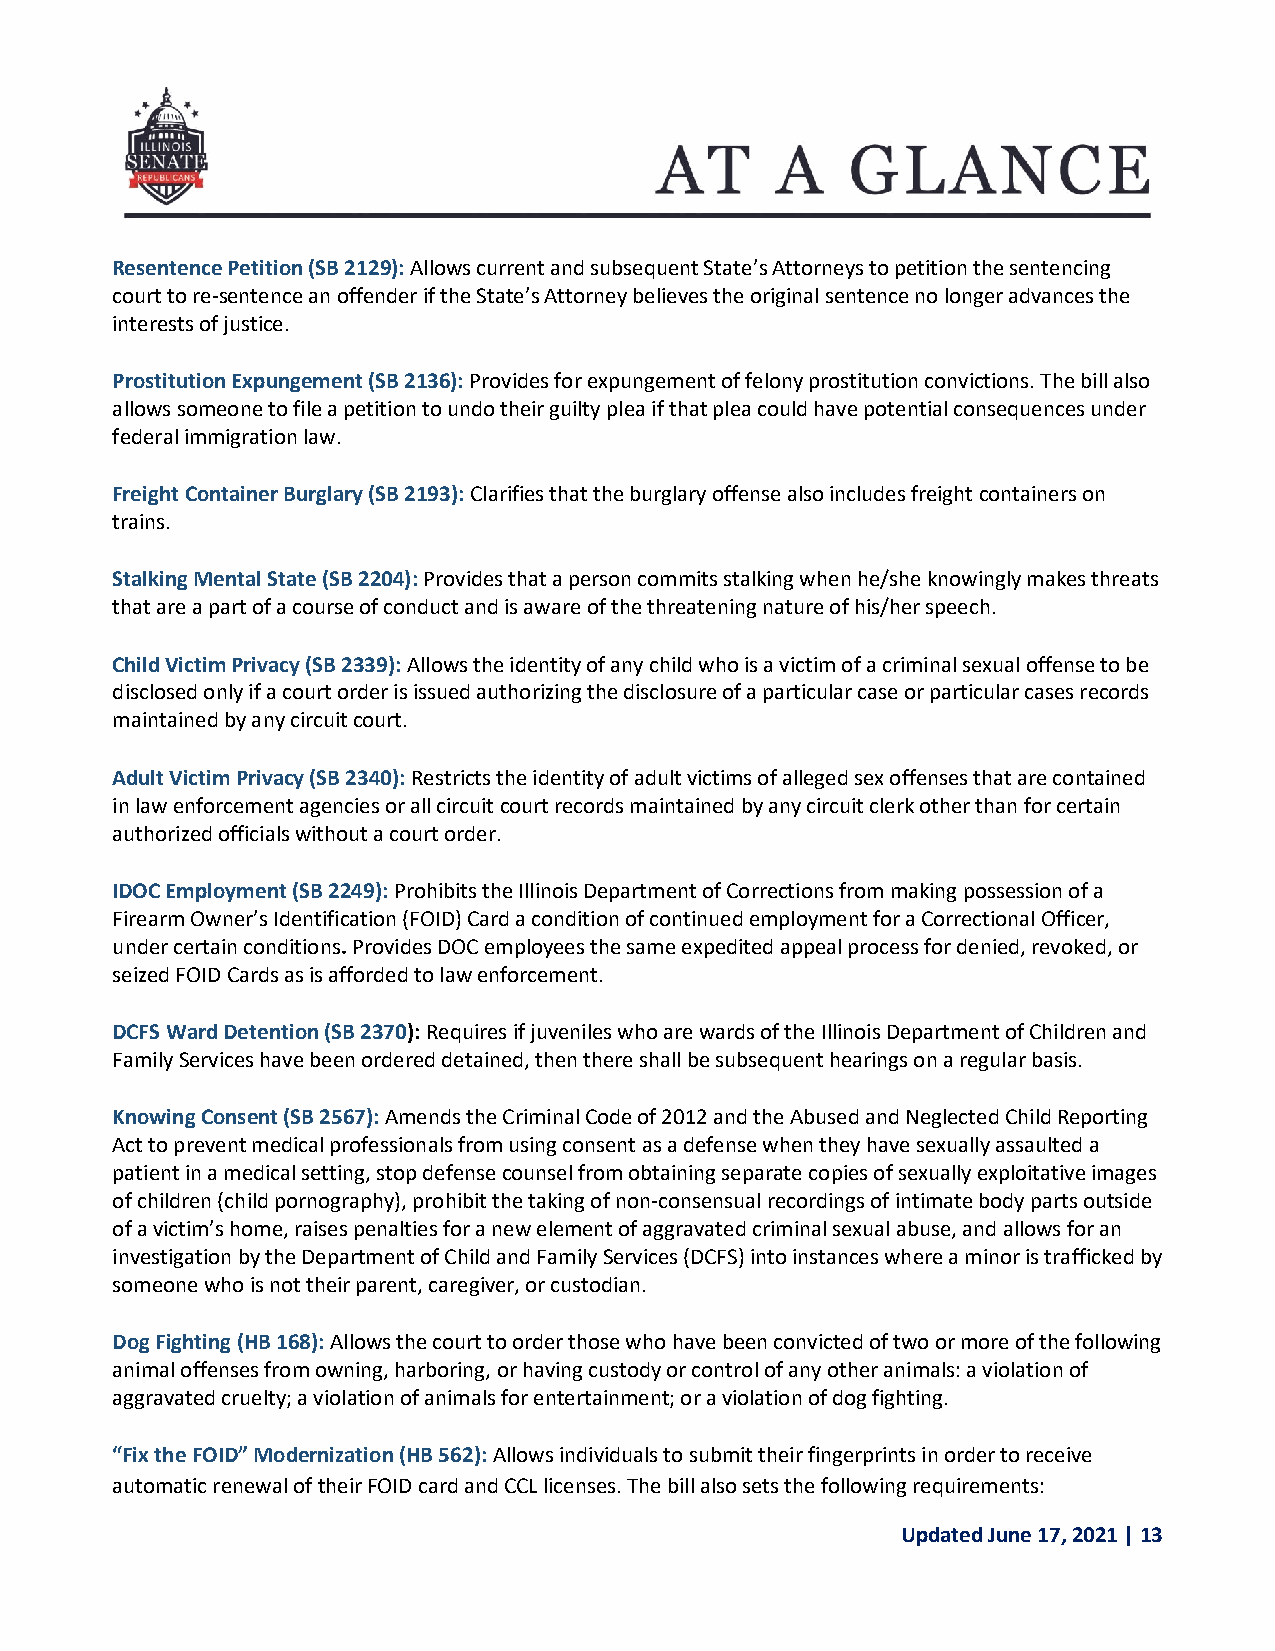
Resentence Petition (SB 2129): Allows current and subsequent State’s Attorneys to petition the sentencing
 court to re-sentence an offender if the State’s Attorney believes the original sentence no longer advances the
 interests of justice.
 Prostitution Expungement (SB 2136): Provides for expungement of felony prostitution convictions. The bill also
 allows someone to file a petition to undo their guilty plea if that plea could have potential consequences under
 federal immigration law.
 Freight Container Burglary (SB 2193): Clarifies that the burglary offense also includes freight containers on
 trains.
 Stalking Mental State (SB 2204): Provides that a person commits stalking when he/she knowingly makes threats
 that are a part of a course of conduct and is aware of the threatening nature of his/her speech.
 Child Victim Privacy (SB 2339): Allows the identity of any child who is a victim of a criminal sexual offense to be
 disclosed only if a court order is issued authorizing the disclosure of a particular case or particular cases records
 maintained by any circuit court.
 Adult Victim Privacy (SB 2340): Restricts the identity of adult victims of alleged sex offenses that are contained
 in law enforcement agencies or all circuit court records maintained by any circuit clerk other than for certain
 authorized officials without a court order.
 IDOC Employment (SB 2249): Prohibits the Illinois Department of Corrections from making possession of a
 Firearm Owner’s Identification (FOID) Card a condition of continued employment for a Correctional Officer,
 under certain conditions. Provides DOC employees the same expedited appeal process for denied, revoked, or
 seized FOID Cards as is afforded to law enforcement.
 DCFS Ward Detention (SB 2370): Requires if juveniles who are wards of the Illinois Department of Children and
 Family Services have been ordered detained, then there shall be subsequent hearings on a regular basis.
 Knowing Consent (SB 2567): Amends the Criminal Code of 2012 and the Abused and Neglected Child Reporting
 Act to prevent medical professionals from using consent as a defense when they have sexually assaulted a
 patient in a medical setting, stop defense counsel from obtaining separate copies of sexually exploitative images
 of children (child pornography), prohibit the taking of non-consensual recordings of intimate body parts outside
 of a victim’s home, raises penalties for a new element of aggravated criminal sexual abuse, and allows for an
 investigation by the Department of Child and Family Services (DCFS) into instances where a minor is trafficked by
 someone who is not their parent, caregiver, or custodian.
 Dog Fighting (HB 168): Allows the court to order those who have been convicted of two or more of the following
 animal offenses from owning, harboring, or having custody or control of any other animals: a violation of
 aggravated cruelty; a violation of animals for entertainment; or a violation of dog fighting.
 “Fix the FOID” Modernization (HB 562): Allows individuals to submit their fingerprints in order to receive
 automatic renewal of their FOID card and CCL licenses. The bill also sets the following requirements:
 Updated June 17, 2021 | 13